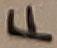
Text: F